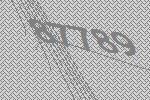
87789